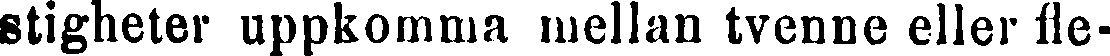
stigheter uppkomma mellan tvenne eller fle-